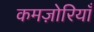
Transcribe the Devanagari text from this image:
कमज़ोरियाँ